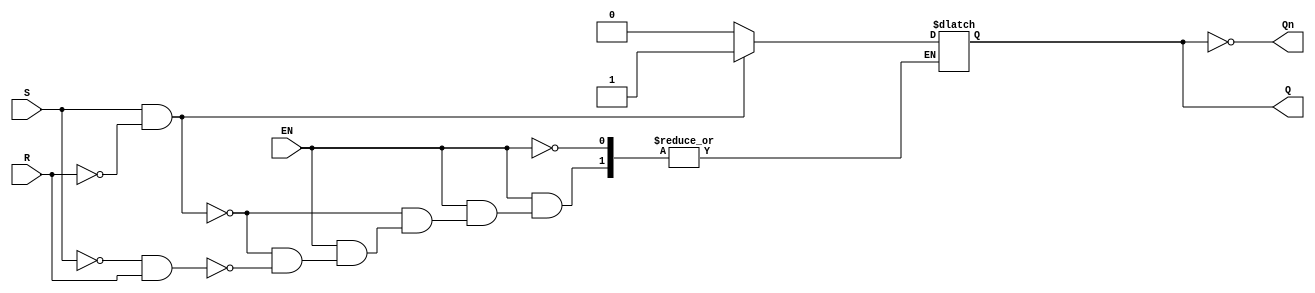
module GatedSRLatch (
    input wire S,      // Set input
    input wire R,      // Reset input
    input wire EN,     // Enable input
    output reg Q,      // Output Q
    output wire Qn     // Complementary output (Not Q)
);

    // Complementary output
    assign Qn = ~Q;

    always @(*) begin
        if (EN) begin
            if (S && !R) begin
                Q = 1'b1;  // Set Q to 1
            end else if (!S && R) begin
                Q = 1'b0;  // Reset Q to 0
            end 
            // If both S and R are high, the state is invalid for an SR latch
            // You can choose to define behavior here if needed
            // If both S and R are low, retain previous state, handled by default behavior of reg
        end
        // When EN is low, retain previous state (no action)
    end

endmodule